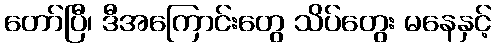
တော်ပြီ၊ ဒီအကြောင်းတွေ သိပ်တွေး မနေနှင့်